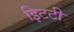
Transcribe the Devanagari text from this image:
इिटटी